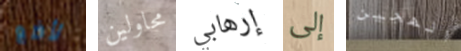
لأضع محاولين إرهابي إلى الهجين